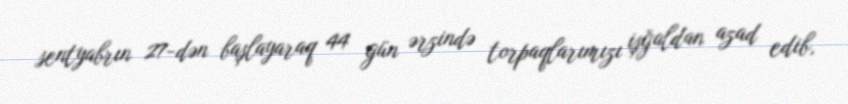
sentyabrın 27-dən başlayaraq 44 gün ərzində torpaqlarımızı işğaldan azad edib,